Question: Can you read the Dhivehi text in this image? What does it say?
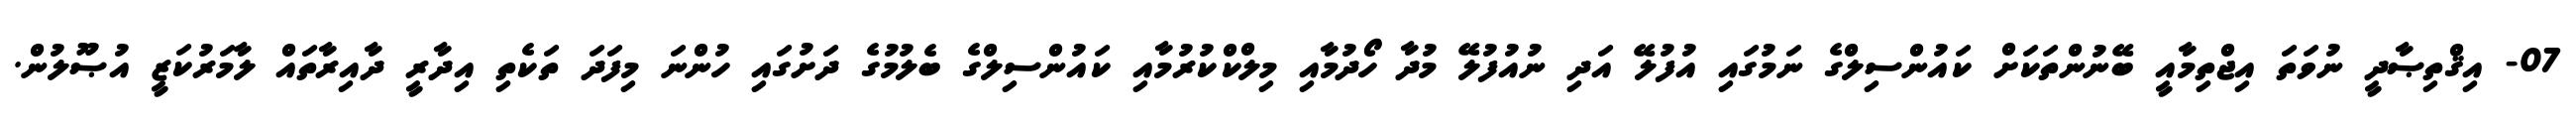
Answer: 07- އިޤްތިޞާދީ ނުވަތަ އިޖްތިމާއީ ބޭނުންތަކަށް ކައުންސިލްގެ ނަމުގައި އުފުލޭ އަދި ނުއުފުލޭ މުދާ ހޯދުމާއި މިލްކްކުރުމާއި ކައުންސިލްގެ ބެލުމުގެ ދަށުގައި ހުންނަ މިފަދަ ތަކެތި އިދާރީ ދާއިރާތައް ލާމަރުކަޒީ އުޞޫލުން.